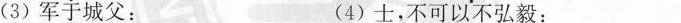
(3)军于城父：___ (4)士，不可以不弘毅：___